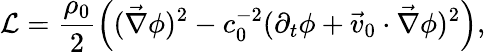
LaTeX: \mathcal{L}=\frac{\rho_{0}}{2}\left((\vec{\nabla}\phi)^{2}-c_{0}^{-2}(\partial_{t}\phi+\vec{v}_{0}\cdot\vec{\nabla}\phi)^{2}\right),